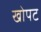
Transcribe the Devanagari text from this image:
खोपट